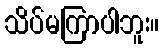
သိပ်မကြာပါဘူး။